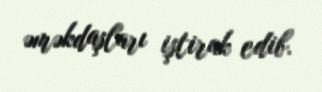
əməkdaşları iştirak edib.